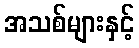
အသစ်များနှင့်